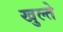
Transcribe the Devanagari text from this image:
खुल्ते